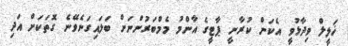
ޚަލީލް ވިދާޅުވީ އެކަން ކުރާނީ ޕާޓީގެ އާންމު މެމްބަރުންނަށް ބަލައިގަނެވޭނެ ގޮތަކަށް އަދި